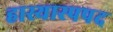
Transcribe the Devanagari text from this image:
हास्यास्पपद